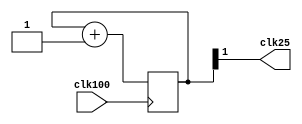
`timescale 1ns / 1ps
//////////////////////////////////////////////////////////////////////////////////
// Company: 
// Engineer: 
// 
// Design Name: 
// Module Name:    clkdiv 
// Project Name: 
// Target Devices: 
// Tool versions: 
// Description: 
//
// Dependencies: 
//
// Revision: 
// Revision 0.01 - File Created
// Additional Comments: 
//
//////////////////////////////////////////////////////////////////////////////////
module clkdiv(
			input clk100,
			output clk25
    );
     reg [1:0] count;
     
     
	 
	 always @(posedge clk100)
	 begin
			count <= count + 2'b1;
	 end

	assign clk25 = count[1];
endmodule